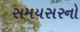
સમયસરનો